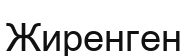
Жиренген